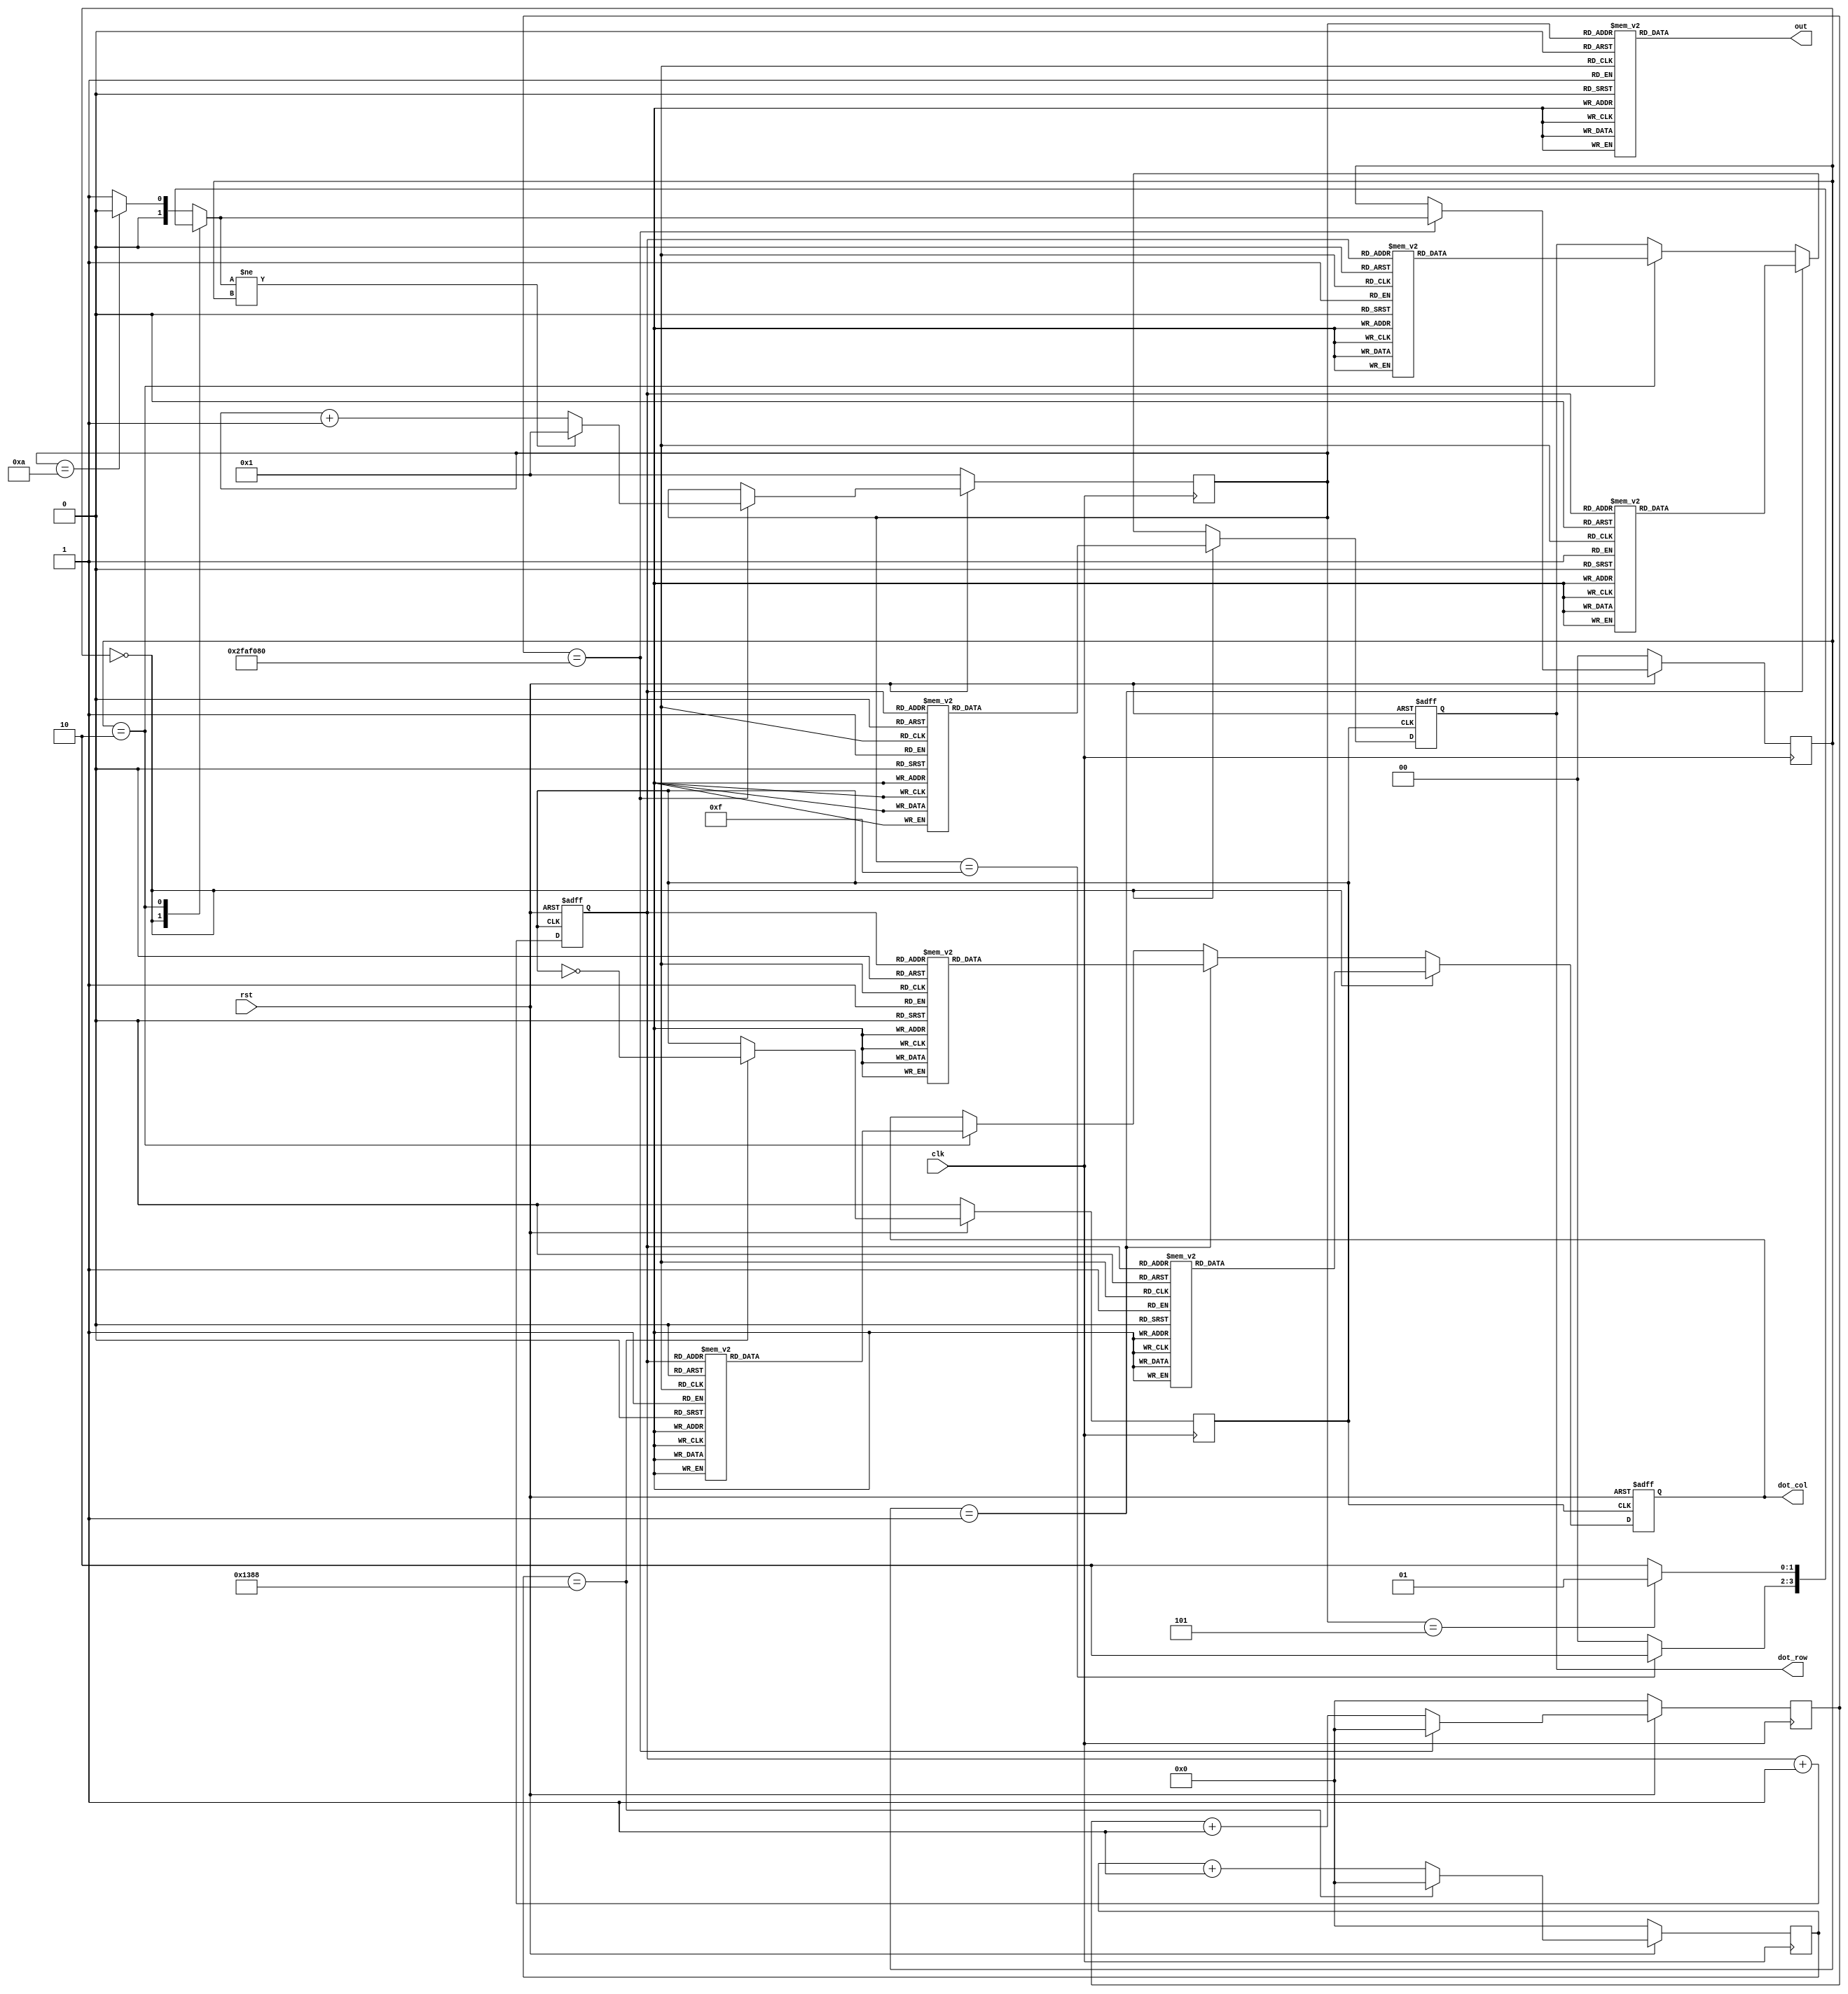
module traffic_light(clk,rst,out,dot_row,dot_col);
	input clk,rst;
	output reg [6:0] out;
	output reg [7:0] dot_row,dot_col;
	
	reg [31:0] clk_count;
	reg [31:0] clk_count_2;
	reg [1:0] cur_state,next_state;
	reg [3:0] counter;
	reg [2:0] row_count;
	reg clk_div;
	
	parameter [1:0] GREEN = 2'b00;
	parameter [1:0] RED = 2'b01;
	parameter [1:0] YELLOW = 2'b10;
	
	always@(posedge clk ) begin
		if (~rst) begin
			clk_count <= 32'b0;
			cur_state <= GREEN;
			counter <= 4'b1;
			clk_div <= 1'b0;
			clk_count_2 <= 32'b0;
		end
		else begin
			if (clk_count_2 == 5000 ) begin
				clk_div <= ~clk_div;
				clk_count_2 <= 32'b0;
			end
			else begin
				clk_count_2 <= clk_count_2 + 32'b1;
			end
		
			if (clk_count == 50000000 ) begin
				clk_count <= 32'b0; 
				cur_state <= next_state;
				if ( next_state != cur_state)
					counter <= 4'b1;
				else
					counter <= counter + 4'b1;
			end
			else 
				clk_count <= clk_count + 32'b1;
		end
	end
	
	
	
	always@(*) begin
		case (cur_state)
			GREEN : begin
				if ( counter == 15 ) // 15
					next_state = YELLOW;
				else
					next_state = GREEN;
			end
			YELLOW : begin
				if ( counter == 5 ) // 3
					next_state = RED;
				else
					next_state = YELLOW;
			end
			default : begin
				if ( counter == 10 ) // 8
					next_state = GREEN;
				else
					next_state = RED;
			end
		endcase
	end

	
	always@ (posedge clk_div or negedge rst ) begin
		if (~rst) begin
			dot_row <= 8'b0;
			dot_col <= 8'b0;
			row_count <= 0;
		end
		else begin
		   row_count <= row_count + 1;
			if ( cur_state == GREEN) begin
				case (row_count)
					3'd0: dot_row <= 8'b01111111;
					3'd1: dot_row <= 8'b10111111;
					3'd2: dot_row <= 8'b11011111;
					3'd3: dot_row <= 8'b11101111;
					3'd4: dot_row <= 8'b11110111;
					3'd5: dot_row <= 8'b11111011;
					3'd6: dot_row <= 8'b11111101;
					3'd7: dot_row <= 8'b11111110;
				endcase
				case (row_count)
					3'd0: dot_col <= 8'b00001100;
					3'd1: dot_col <= 8'b00001100;
					3'd2: dot_col <= 8'b00011001;
					3'd3: dot_col <= 8'b01111110;
					3'd4: dot_col <= 8'b10011000;
					3'd5: dot_col <= 8'b00011000;
					3'd6: dot_col <= 8'b00101000;
					3'd7: dot_col <= 8'b01001000;
				endcase
			end
			else if (cur_state == RED) begin
				case (row_count)
					3'd0: dot_row <= 8'b01111111;
					3'd1: dot_row <= 8'b10111111;
					3'd2: dot_row <= 8'b11011111;
					3'd3: dot_row <= 8'b11101111;
					3'd4: dot_row <= 8'b11110111;
					3'd5: dot_row <= 8'b11111011;
					3'd6: dot_row <= 8'b11111101;
					3'd7: dot_row <= 8'b11111110;
				endcase
				case (row_count)
					3'd0: dot_col <= 8'b00011000;
					3'd1: dot_col <= 8'b00011000;
					3'd2: dot_col <= 8'b00111100;
					3'd3: dot_col <= 8'b00111100;
					3'd4: dot_col <= 8'b01011010;
					3'd5: dot_col <= 8'b00011000;
					3'd6: dot_col <= 8'b00011000;
					3'd7: dot_col <= 8'b00100100;
				endcase
			end
			else if (cur_state == YELLOW) begin
				case (row_count)
					3'd0: dot_row <= 8'b01111111;
					3'd1: dot_row <= 8'b10111111;
					3'd2: dot_row <= 8'b11011111;
					3'd3: dot_row <= 8'b11101111;
					3'd4: dot_row <= 8'b11110111;
					3'd5: dot_row <= 8'b11111011;
					3'd6: dot_row <= 8'b11111101;
					3'd7: dot_row <= 8'b11111110;
				endcase
				case (row_count)
					3'd0: dot_col <= 8'b00000000;
					3'd1: dot_col <= 8'b00100100;
					3'd2: dot_col <= 8'b00111100;
					3'd3: dot_col <= 8'b10111101;
					3'd4: dot_col <= 8'b11111111;
					3'd5: dot_col <= 8'b00111100;
					3'd6: dot_col <= 8'b00111100;
					3'd7: dot_col <= 8'b00000000;
				endcase
			end
		end
	end
	always@(*) begin
		case (counter)
			0 : begin
				out = 7'b0000001;
			end
			1 : begin
				out = 7'b1001111;
			end
			2 : begin
				out = 7'b0010010;
			end
			3 : begin
				out = 7'b0000110;
			end
			4 : begin
				out = 7'b1001100;
			end
			5 : begin
				out = 7'b0100100;
			end
			6 : begin
				out = 7'b0100000;
			end
			7 : begin
				out = 7'b0001111;
			end
			8 : begin
				out = 7'b0000000;
			end
			9 : begin
				out = 7'b0000100;
			end
			10 : begin
				out = 7'b0001000;
			end
			11 : begin
				out = 7'b1100000;
			end
			12 : begin
				out = 7'b0110001;
			end
			13 : begin
				out = 7'b1000010;
			end
			14 : begin
				out = 7'b0110000;
			end
			15 : begin
				out = 7'b0111000;
			end
		endcase
	end
endmodule